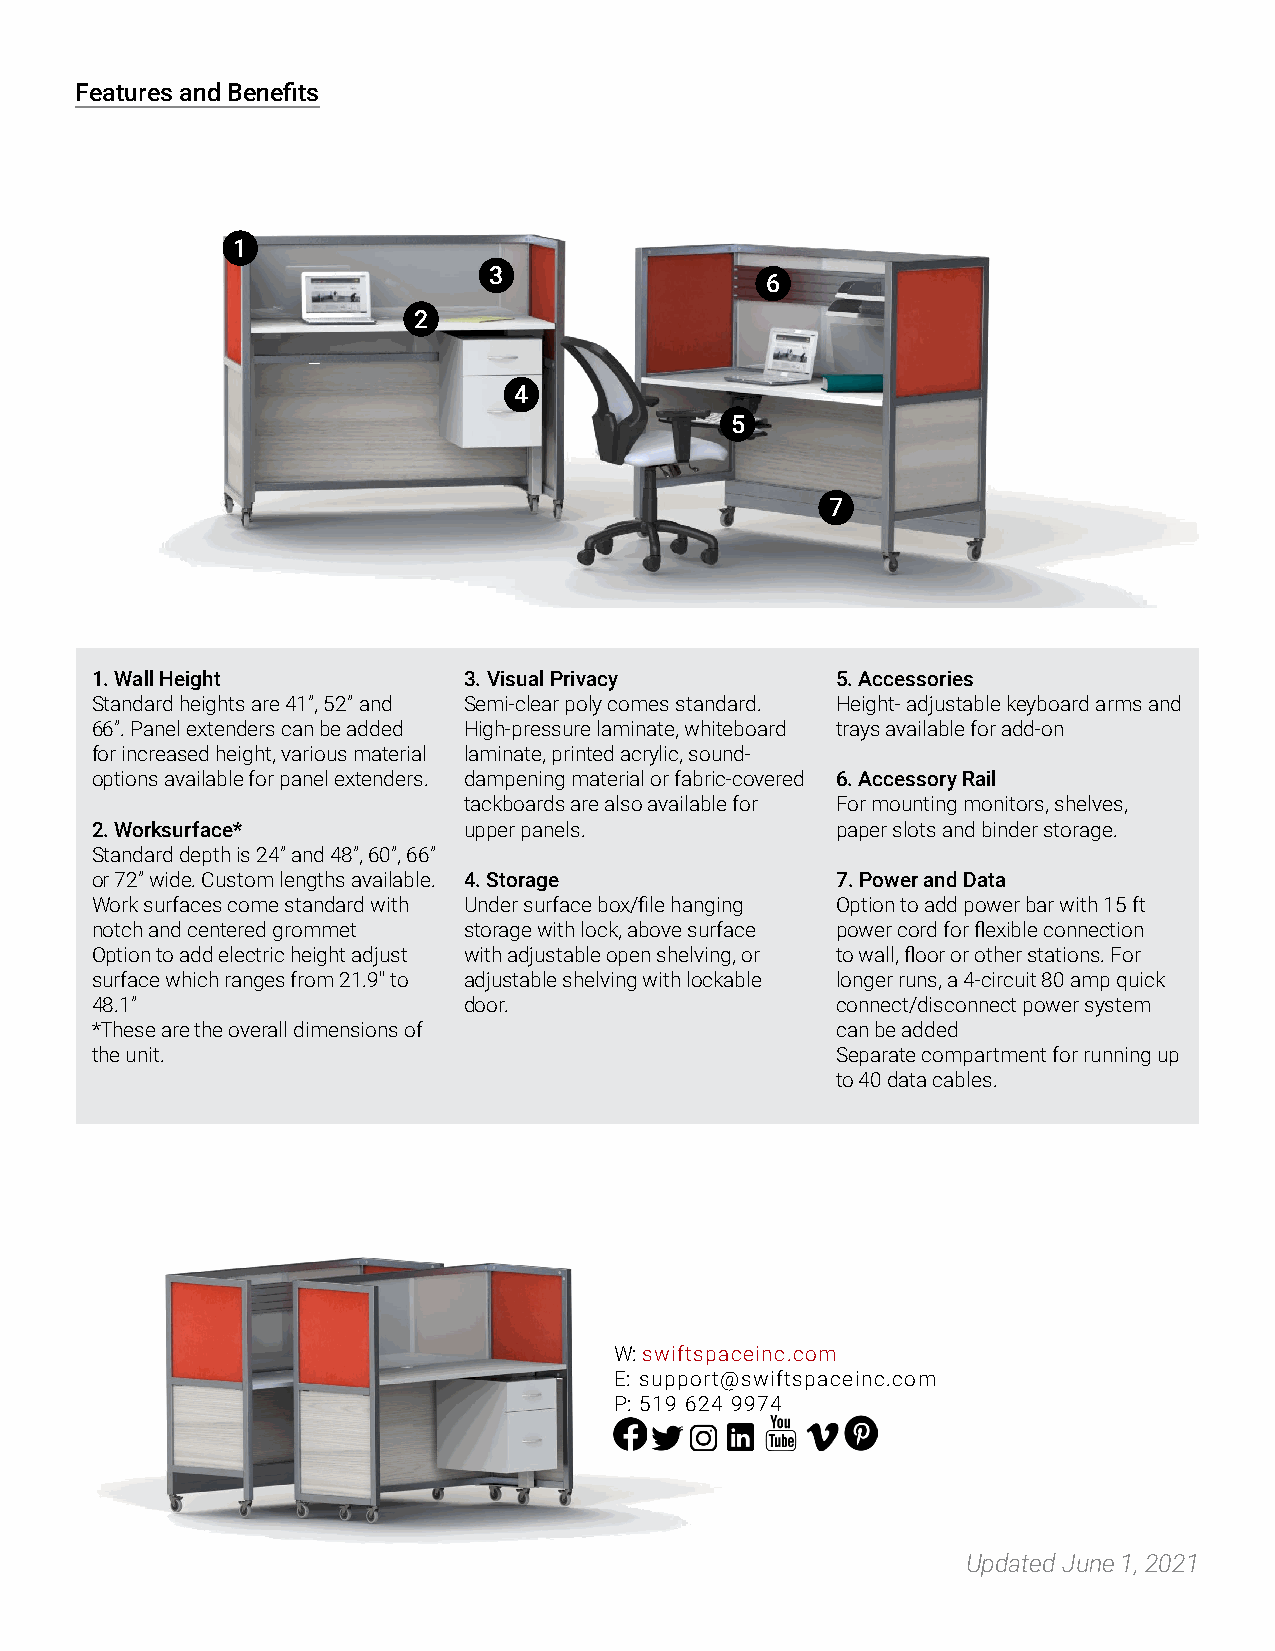
Features and Benefits
 1
 3
 6
 2
 4
 5
 7
 1. Wall Height           3. Visual Privacy       5. Accessories
 Standard heights are 41”, 52” and Semi-clear poly comes standard. Height- adjustable keyboard arms and
 66”. Panel extenders can be added High-pressure laminate, whiteboard trays available for add-on
 for increased height, various material laminate, printed acrylic, sound-
 options available for panel extenders. dampening material or fabric-covered 6. Accessory Rail
 tackboards are also available for For mounting monitors, shelves,
 2. Worksurface*          upper panels.           paper slots and binder storage.
 Standard depth is 24” and 48”, 60”, 66”
 or 72” wide. Custom lengths available. 4. Storage 7. Power and Data
 Work surfaces come standard with Under surface box/file hanging Option to add power bar with 15 ft
 notch and centered grommet storage with lock, above surface power cord for flexible connection
 Option to add electric height adjust with adjustable open shelving, or to wall, floor or other stations. For
 surface which ranges from 21.9″ to adjustable shelving with lockable longer runs, a 4-circuit 80 amp quick
 48.1”                    door.                   connect/disconnect power system
 *These are the overall dimensions of             can be added
 the unit.                                        Separate compartment for running up
 to 40 data cables.
 W: swiftspaceinc.com
 E: support@swiftspaceinc.com
 P: 519 624 9974
 Updated June 1, 2021